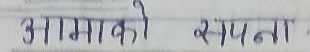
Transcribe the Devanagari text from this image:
आमाको सपना